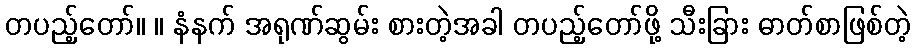
တပည့်တော်။ ။ နံနက် အရုဏ်ဆွမ်း စားတဲ့အခါ တပည့်တော်ဖို့ သီးခြား ဓာတ်စာဖြစ်တဲ့